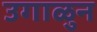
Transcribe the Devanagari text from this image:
उगाळुन